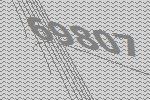
69807